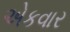
એકવાર